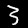
Digit: 3